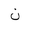
Letter: _non